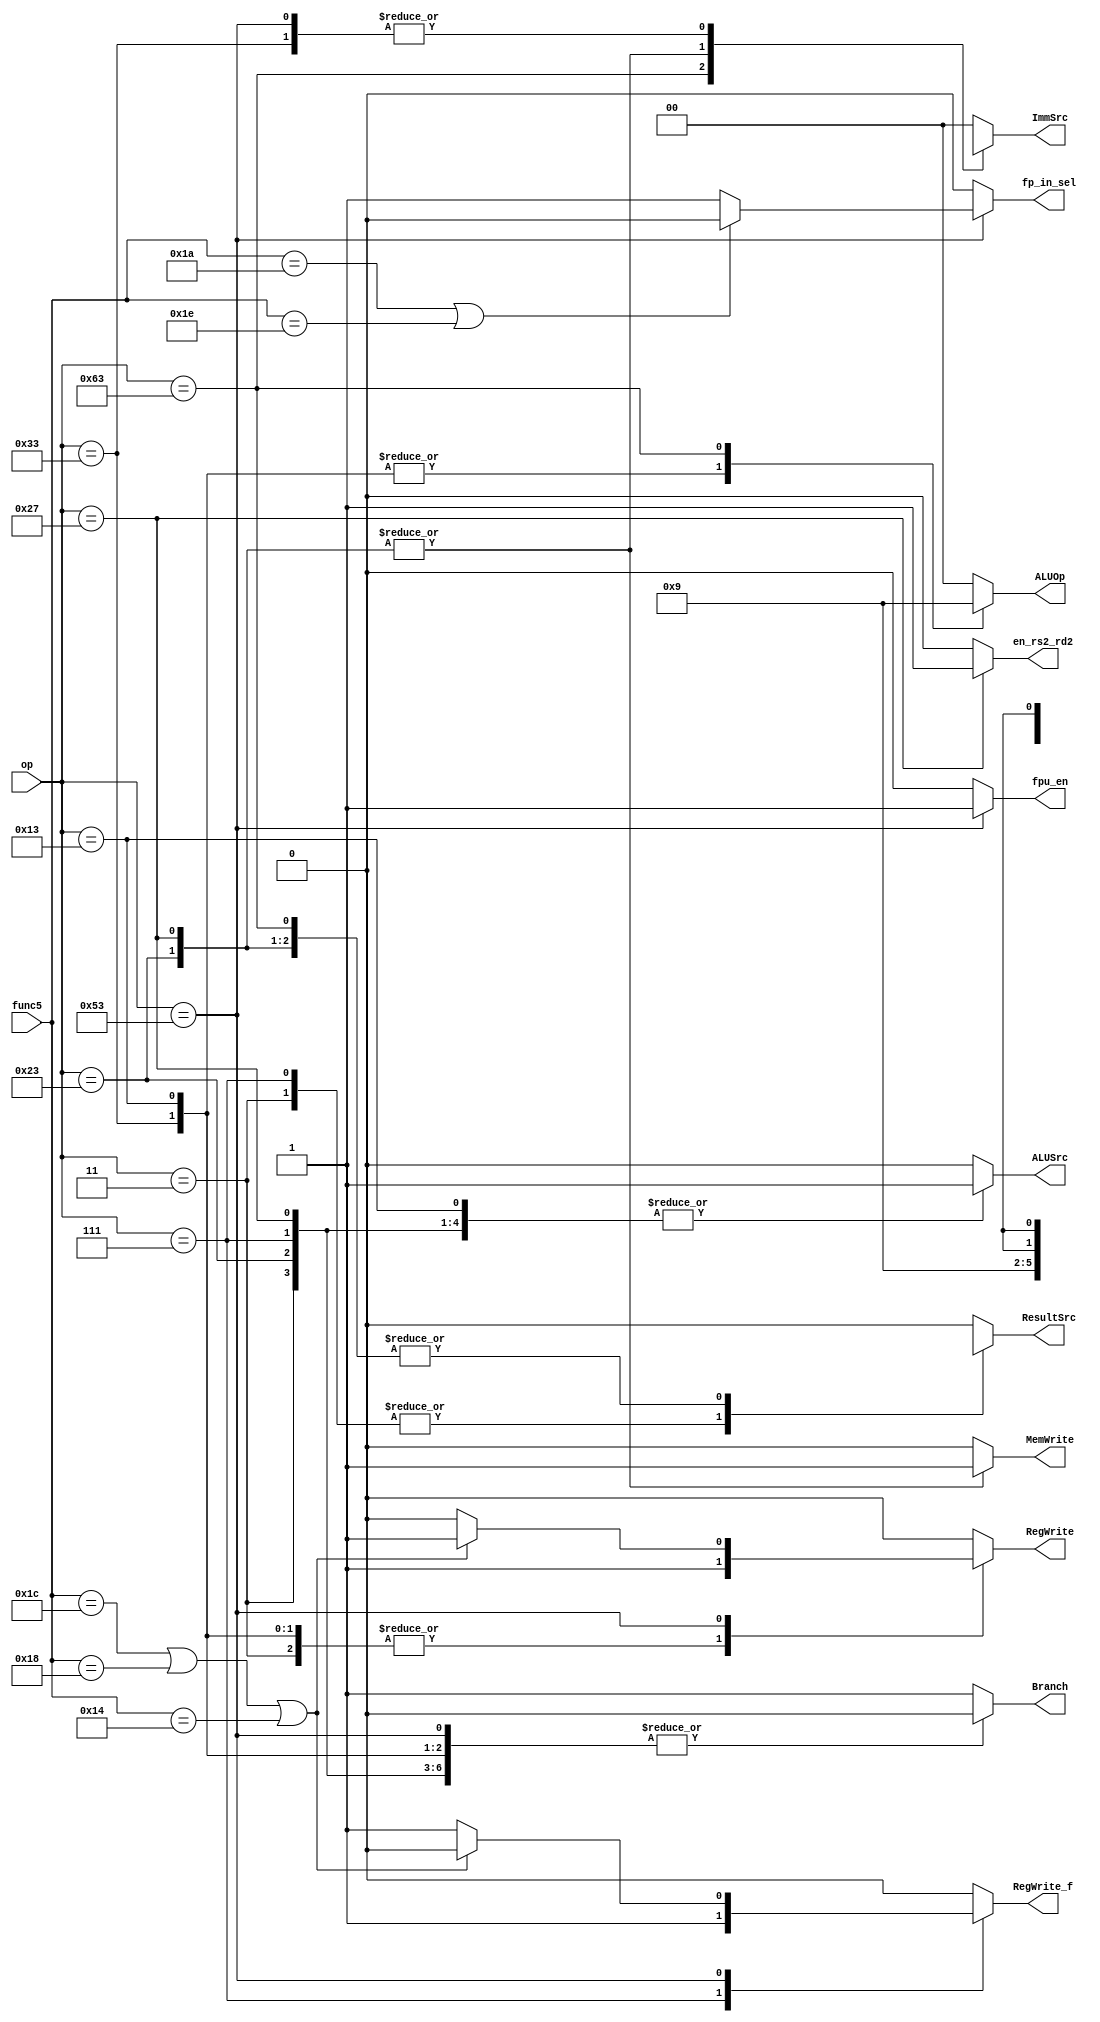
module main_decoder (
	input [6:0] op,
	input   [4:0]   func5,  
	output reg RegWrite, RegWrite_f, ALUSrc, MemWrite, ResultSrc, Branch, fpu_en, fp_in_sel, en_rs2_rd2,
	output reg [1:0] ImmSrc, ALUOp);

always @ (*) begin
	case (op) 
	7'b000_0011: begin     //loadWord
		RegWrite=1'b1;
		RegWrite_f =1'b0;
		en_rs2_rd2 = 1'b0;
		ImmSrc=2'b00;
		ALUSrc=1'b1;
		MemWrite=1'b0;
		ResultSrc=1'b1;
		Branch=1'b0;
		ALUOp=2'b00;
		fpu_en = 1'b0;
		fp_in_sel = 1'b0;
	end

	7'b010_0011: begin     //storeword
		RegWrite=0;
		RegWrite_f =1'b0;
		en_rs2_rd2 = 1'b0;
		ImmSrc=2'b01;
		ALUSrc=1'b1;
		MemWrite=1;
		ResultSrc=1'bX;
		Branch=0;
		ALUOp=2'b00;
		fpu_en = 1'b0;
		fp_in_sel = 1'b0;
	end

	7'b011_0011: begin    //Rtype
		RegWrite=1'b1;
		RegWrite_f =1'b0;
		en_rs2_rd2 = 1'b0;
		ImmSrc=2'bXX;
		ALUSrc=1'b0;
		MemWrite=1'b0;
		ResultSrc=1'b0;
		Branch=1'b0;
		ALUOp=2'b10;
		fpu_en = 1'b0;
		fp_in_sel = 1'b0;
	end

	7'b001_0011: begin  //Itype
		RegWrite=1'b1;
		RegWrite_f =1'b0;
		en_rs2_rd2 = 1'b0;
		ImmSrc=2'b00;
		ALUSrc=1'b1;
		MemWrite=1'b0;
		ResultSrc=1'b0;
		Branch=1'b0;
		ALUOp=2'b10;
		fpu_en = 1'b0;
		fp_in_sel = 1'b0;
	end

	7'b1100011: begin    //branch instructions
		RegWrite=1'b0;
		RegWrite_f =1'b0;
		en_rs2_rd2 = 1'b0;
		ImmSrc=2'b10;
		ALUSrc=1'b0;
		MemWrite=1'b0;
		ResultSrc=1'bX;
		Branch=1'b1;
		ALUOp=2'b01;
		fpu_en = 1'b0;
		fp_in_sel = 1'b0;
	end
////////////////////////

	7'b000_0111: begin     //loadWord fp
 		RegWrite=1'b0;
 		RegWrite_f =1'b1;
 		en_rs2_rd2 = 1'b0;
		ImmSrc=2'b00;
		ALUSrc=1'b1;
		MemWrite=1'b0;
		ResultSrc=1'b1;
		Branch=1'b0;
		ALUOp=2'b00;
		fpu_en = 1'b0;
		fp_in_sel = 1'b0;
	end

	7'b010_0111: begin     //storeword fp
		RegWrite=0;
		RegWrite_f =1'b0;
		en_rs2_rd2 = 1'b1;
		ImmSrc=2'b01;
		ALUSrc=1'b1;
		MemWrite=1;
		ResultSrc=1'bX;
		Branch=0;
		ALUOp=2'b00;
		fpu_en = 1'b0;
		fp_in_sel = 1'b0;
	end





	7'b1010011: begin    //floating point instructions
		
		en_rs2_rd2 = 1'b0;
		ImmSrc=2'bXX;
		ALUSrc=1'b0;
		MemWrite=1'b0;
		ResultSrc=1'b0;
		Branch=1'b0;
		ALUOp=2'b00;
		fpu_en = 1'b1;
		
		if ((func5 == 5'b11100) ||  (func5 == 5'b11000) || (func5 == 5'b10100))  begin   //classify, fcvtws writes into integer reg
			RegWrite=1'b1;
			RegWrite_f =1'b0;
		end
		else begin
			RegWrite=1'b0;
			RegWrite_f =1'b1;
		end


		if((func5 == 5'b11010) || (func5 == 5'b11110))   // fcvt.s.  & fmv.x.w    
			fp_in_sel = 1'b0;
		else 
			fp_in_sel = 1'b1;	
	end	



	default: begin
		RegWrite=0;
		RegWrite_f =1'b0;
		en_rs2_rd2 = 1'b0;
		ImmSrc=2'b00;
		ALUSrc=0;
		MemWrite=0;
		ResultSrc=1'b0;
		Branch=1;
		ALUOp=2'b00;
		fpu_en = 1'b0;
		fp_in_sel = 1'b0;
	end
endcase 

end

endmodule